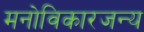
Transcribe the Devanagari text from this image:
मनोविकारजन्य